Annual report of the Central Committee of the Association together with the report of the directors of the Pasteur Institute at Kasauli
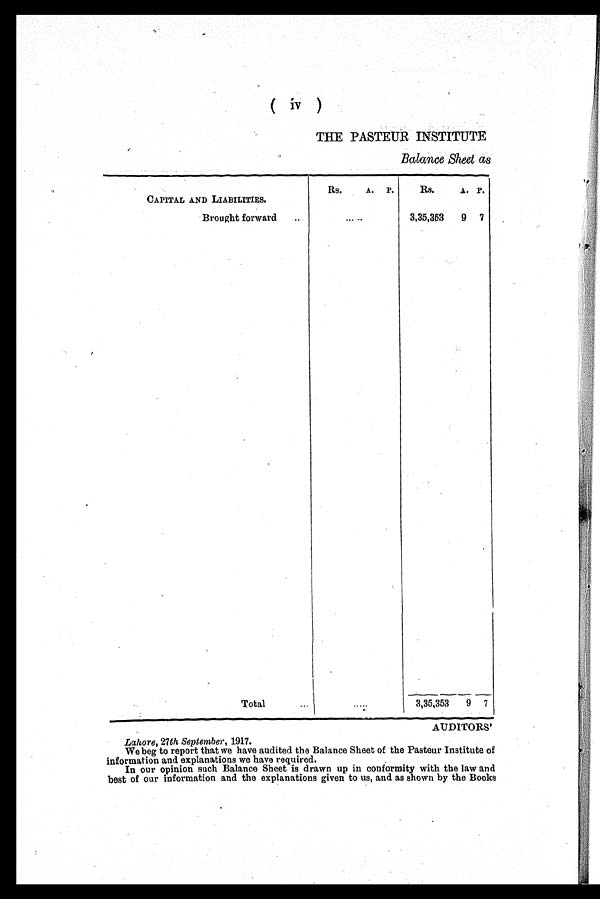
( iv )
THE PASTEUR INSTITUTE
Balance Sheet as
CAPITAL AND LIABILITIES.
Rs.
A.
P.
Rs.
A. P.
Brought forward
..
.....
3,35,353
9
7
Total
3,35,353
9
7
AUDITORS'
Lahore, 27th September, 1917.
We beg to report that we have audited the Balance Sheet of the Pasteur Institute of
information and explanations we have required.
In our opinion such Balance Sheet is drawn up in conformity with the law and
best of our information and the explanations given to us, and as shown by the Books